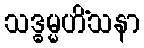
သဒ္ဓမ္မဟိံသနာ